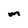
Character: m